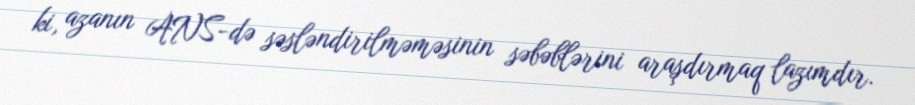
ki, azanın ANS-də səsləndirilməməsinin səbəblərini araşdırmaq lazımdır.